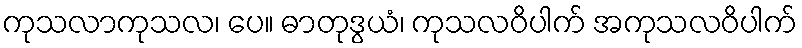
ကုသလာကုသလ၊ ပေ။ ဓာတုဒွယံ၊ ကုသလဝိပါက် အကုသလဝိပါက်